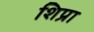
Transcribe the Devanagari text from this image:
शिप्रा